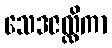
သေဒဇလ္လိကာ